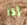
إذا